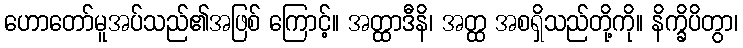
ဟောတော်မူအပ်သည်၏အဖြစ် ကြောင့်။ အတ္ထာဒီနိ၊ အတ္ထ အစရှိသည်တို့ကို။ နိက္ခိပိတွာ၊